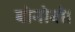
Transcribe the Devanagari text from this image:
बोनोबो।